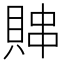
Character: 賗